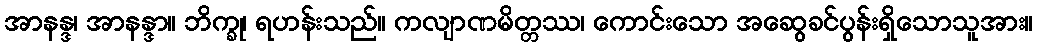
အာနန္ဒ၊ အာနန္ဒာ။ ဘိက္ခု၊ ရဟန်းသည်။ ကလျာဏမိတ္တဿ၊ ကောင်းသော အဆွေခင်ပွန်းရှိသောသူအား။